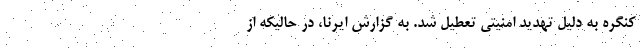
کنگره به دلیل تهدید امنیتی تعطیل شد. به گزارش ایرنا، در حالیکه از